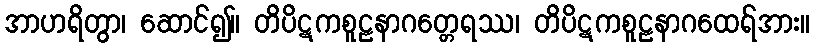
အာဟရိတွာ၊ ဆောင်၍။ တိပိဋကစူဠနာဂတ္တေရဿ၊ တိပိဋကစူဠနာဂထေရ်အား။